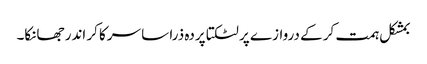
بمشکل ہمت کر کے دروازے پر لٹکتا پردہ ذرا سا سرکا کر اندر جھانکا۔